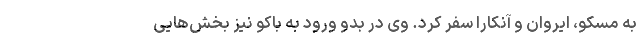
به مسکو، ایروان و آنکارا سفر کرد. وی در بدو ورود به باکو نیز بخش‌هایی